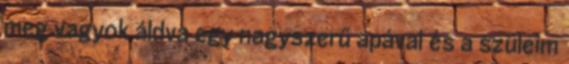
meg vagyok áldva egy nagyszerű apával és a szüleim